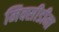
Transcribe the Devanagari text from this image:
मिक्सीडीमा